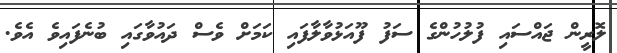
ލޮރީން ޖައްސައި ފުލުހުންގެ ސަފު ފޫއަޅުވާލާފައި ކަމަށް ވެސް ދައުވާގައި ބުނެފައިވެ އެވެ.